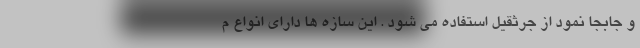
و جابجا نمود از جرثقیل استفاده می شود . این سازه ها دارای انواع م